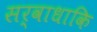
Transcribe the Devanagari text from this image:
सर्वाधाकि